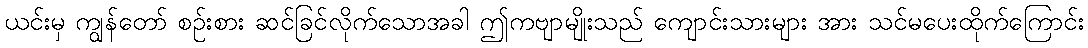
ယင်းမှ ကျွန်တော် စဉ်းစား ဆင်ခြင်လိုက်သောအခါ ဤကဗျာမျိုးသည် ကျောင်းသားများ အား သင်မပေးထိုက်ကြောင်း